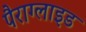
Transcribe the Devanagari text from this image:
पैराग्लाइड